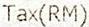
TAX(RM)